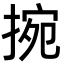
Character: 捥